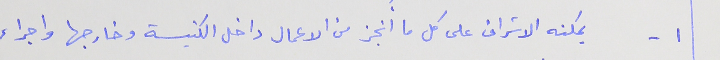
١ - يمكنه الاشراف على كل ما أُنجز من الاعمال داخل الكنيسة وخارجها واجراء